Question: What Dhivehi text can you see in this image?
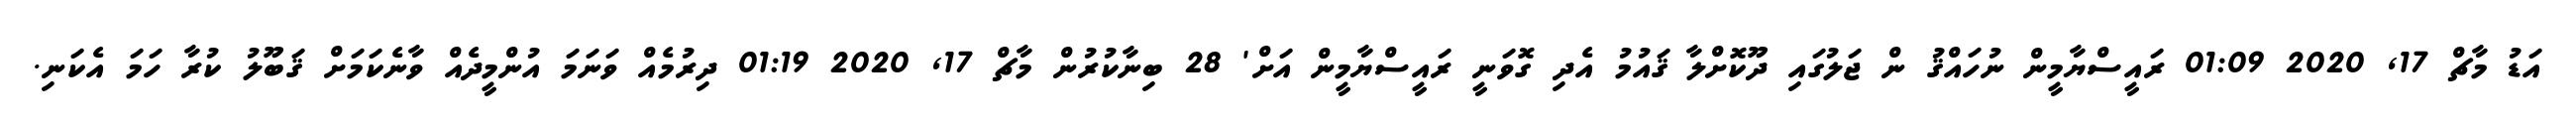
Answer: އަޑު މާޗް 17, 2020 01:09 ރައީސްޔާމީން ނުހައްޤު ން ޖަލުގައި ދޫކޮށްލާ ޤައުމު އެދި ގޮވަނީ ރައީސްޔާމީން އަށް' 28 ބިނާކުރުން މާޗް 17, 2020 01:19 ދިރުމެއް ވަނަމަ އުންމީދެއް ވާނެކަމަށް ޤަބޫލު ކުރާ ހަމަ އެކަނި.